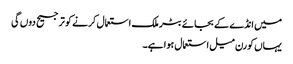
میں انڈے کے بجائے بٹر ملک استعمال کرنے کو ترجیح دوں گی
یہاں کورن میل استعمال ہوا ہے۔